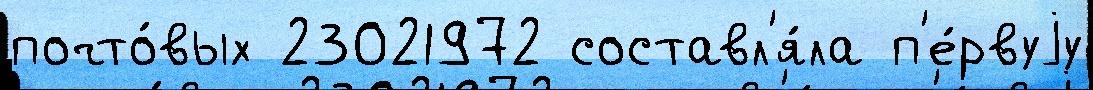
почто́вых 23021972 составл'я́ла п'е́рвуjу